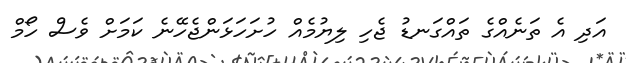
އަދި އެ ތަނެއްގެ ތައްގަނޑު ޖެހި ލިޔުމެއް ހުށަހަޅަންޖެހޭނެ ކަމަށް ވެސް ހޯމް